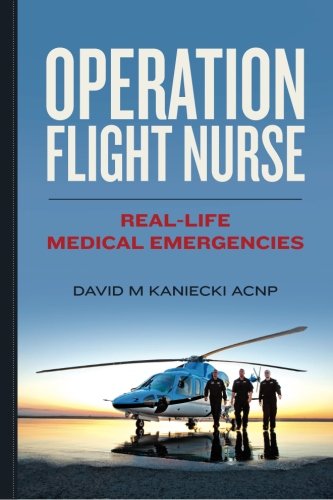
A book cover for Operation Flight Nurse: Real-Life Medical Emergencies; David M Kaniecki ACNP; Medical Books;